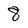
Character: 8